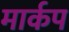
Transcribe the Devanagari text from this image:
मार्कप